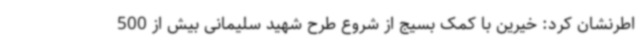
اطرنشان کرد: خیرین با کمک بسیج از شروع طرح شهید سلیمانی بیش از 500